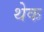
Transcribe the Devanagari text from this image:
थेक